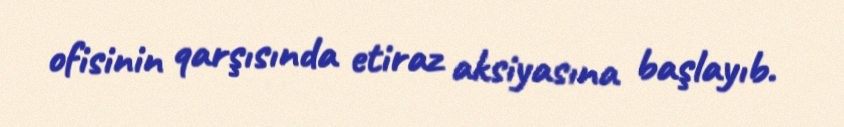
ofisinin qarşısında etiraz aksiyasına başlayıb.